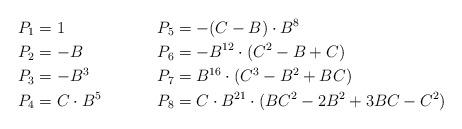
LaTeX: \begin{align*}P_1 &= 1 & P_5 &= -(C - B) \cdot B^{8}\\P_2 &= - B & P_6 &= - B^{12} \cdot (C^{2} - B + C)\\P_3 &= - B^{3} & P_7 &= B^{16} \cdot (C^{3} - B^{2} + B C)\\P_4 &= C \cdot B^{5} & P_8 &= C \cdot B^{21} \cdot (B C^{2} - 2 B^{2} + 3 B C - C^{2})\end{align*}